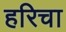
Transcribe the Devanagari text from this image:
हरिचा